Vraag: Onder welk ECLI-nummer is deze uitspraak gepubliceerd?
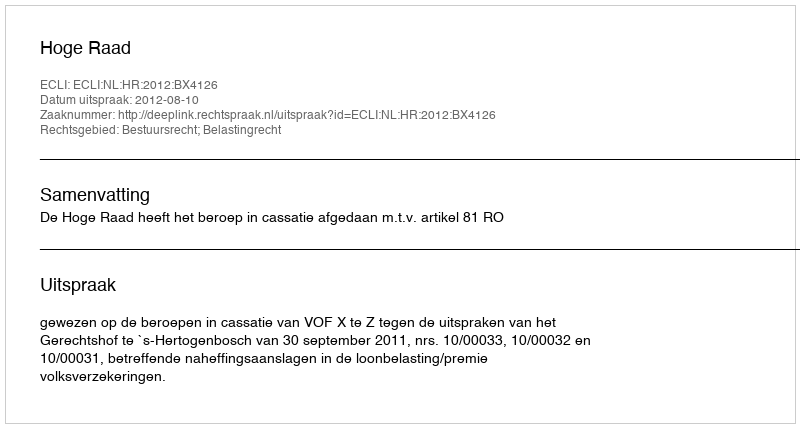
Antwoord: ECLI:NL:HR:2012:BX4126